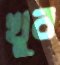
খুব